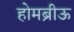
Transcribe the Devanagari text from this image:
होमब्रीऊ